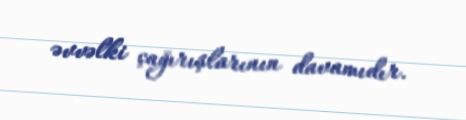
əvvəlki çağırışlarının davamıdır.